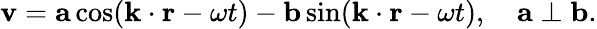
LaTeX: \mathbf{v}=\mathbf{a}\cos(\mathbf{k}\cdot\mathbf{r}-\omega t)-\mathbf{b}\sin(\mathbf{k}\cdot\mathbf{r}-\omega t),\quad\mathbf{a}\perp\mathbf{b}.